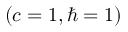
( c = 1 , \hbar = 1 )